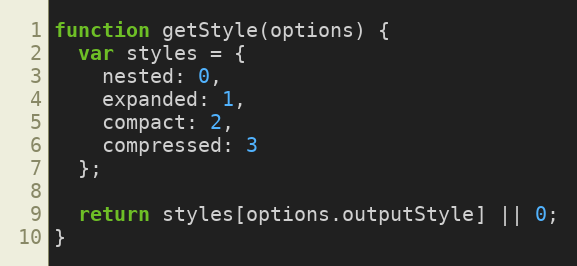
Language: JavaScript
function getStyle(options) {
  var styles = {
    nested: 0,
    expanded: 1,
    compact: 2,
    compressed: 3
  };

  return styles[options.outputStyle] || 0;
}